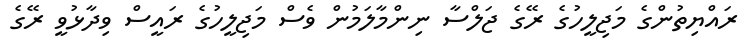
ރައްޔިތުންގެ މަޖިލީހުގެ ރޭގެ ޖަލްސާ ނިންމާލަމުން ވެސް މަޖިލީހުގެ ރައީސް ވިދާޅުވީ ރޭގެ